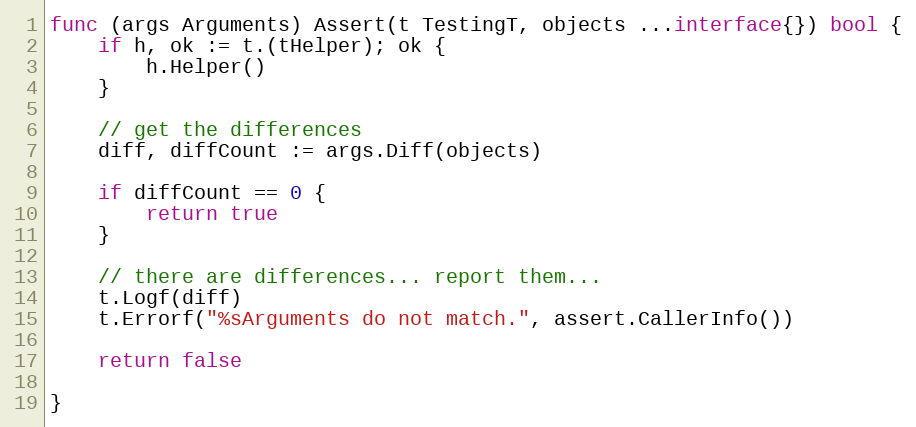
Language: Go
func (args Arguments) Assert(t TestingT, objects ...interface{}) bool {
	if h, ok := t.(tHelper); ok {
		h.Helper()
	}

	// get the differences
	diff, diffCount := args.Diff(objects)

	if diffCount == 0 {
		return true
	}

	// there are differences... report them...
	t.Logf(diff)
	t.Errorf("%sArguments do not match.", assert.CallerInfo())

	return false

}